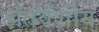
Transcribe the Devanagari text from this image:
अंतर्वशीय